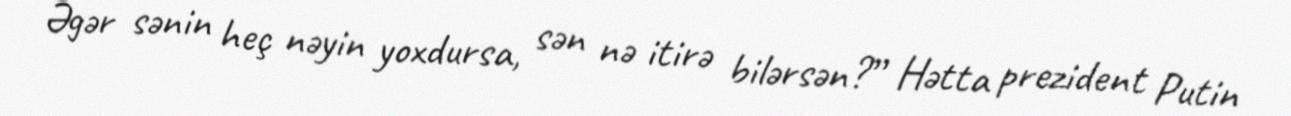
Əgər sənin heç nəyin yoxdursa, sən nə itirə bilərsən?” Hətta prezident Putin